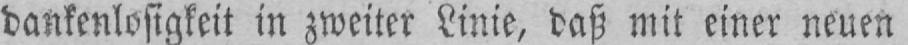
dankenlosigkeit in zweiter Linie, daß mit einer neuen